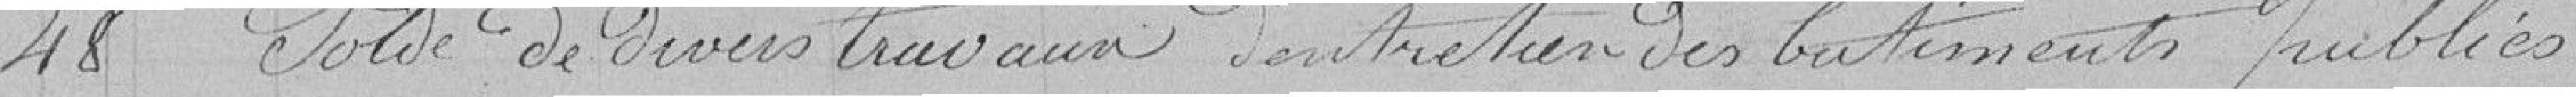
48 Solde de divers travaux d'entretien des bâtiments publics